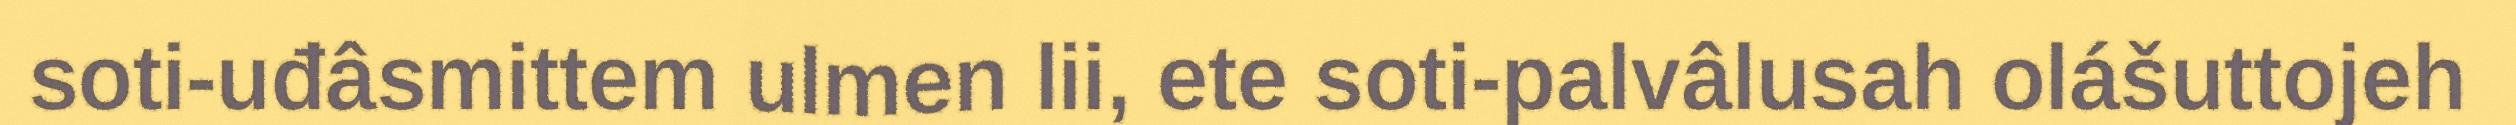
soti-uđâsmittem ulmen lii, ete soti-palvâlusah olášuttojeh